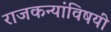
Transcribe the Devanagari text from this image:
राजकन्यांविषयी